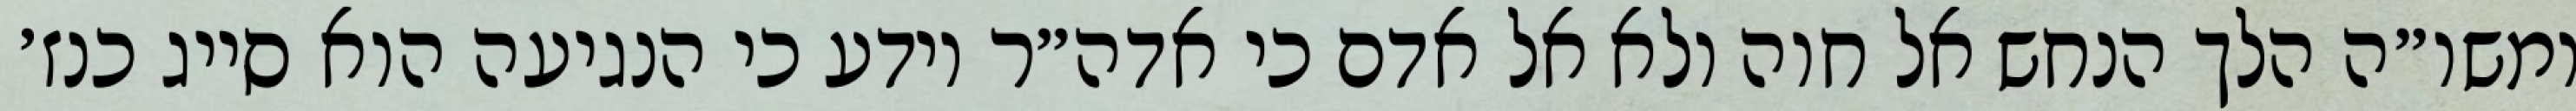
ומשו״ה הלך הנחש אל חוה ולא אל אדם כי אדה״ר יודע כי הנגיעה הוא סייג כנז׳